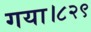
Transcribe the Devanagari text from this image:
गया।८२९